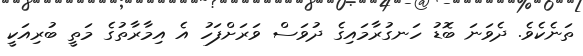
ތަނެކެވެ. ދެވަނަ ބޮޑު ހަނގުރާމައިގެ ދުވަސް ވަރަށްފަހު އެ އިމާރާތުގެ މަތީ ބުރިއަކީ